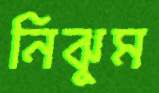
নিঝুম